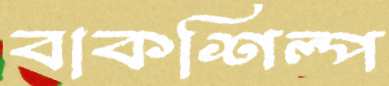
বাকশিল্প